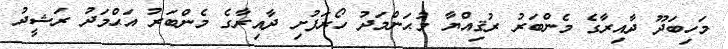
މަހިބަދޫ ދާއިރާގެ މެންބަރު ރުޤިއްޔާ މުޙަންމަދު ހޯރަފުށި ދާއިރާގެ މެންބަރު އަޙްމަދު ރަޝީދު